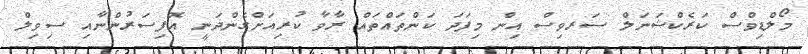
މޯލްޑިވްސް ކަރެކްޝަނަލް ސަރވިސް އިން މިފަދަ ކަންތައްތައް ރާވާ ކުރިއަށްގެންދަނީ އޮފިސަރުންނާއި ސިވިލް